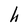
Character: h